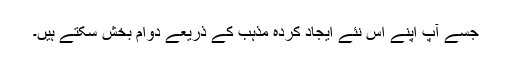
جسے آپ اپنے اس نئے ایجاد کردہ مذہب کے ذریعے دوام بخش سکتے ہیں۔